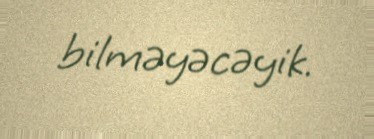
bilməyəcəyik.